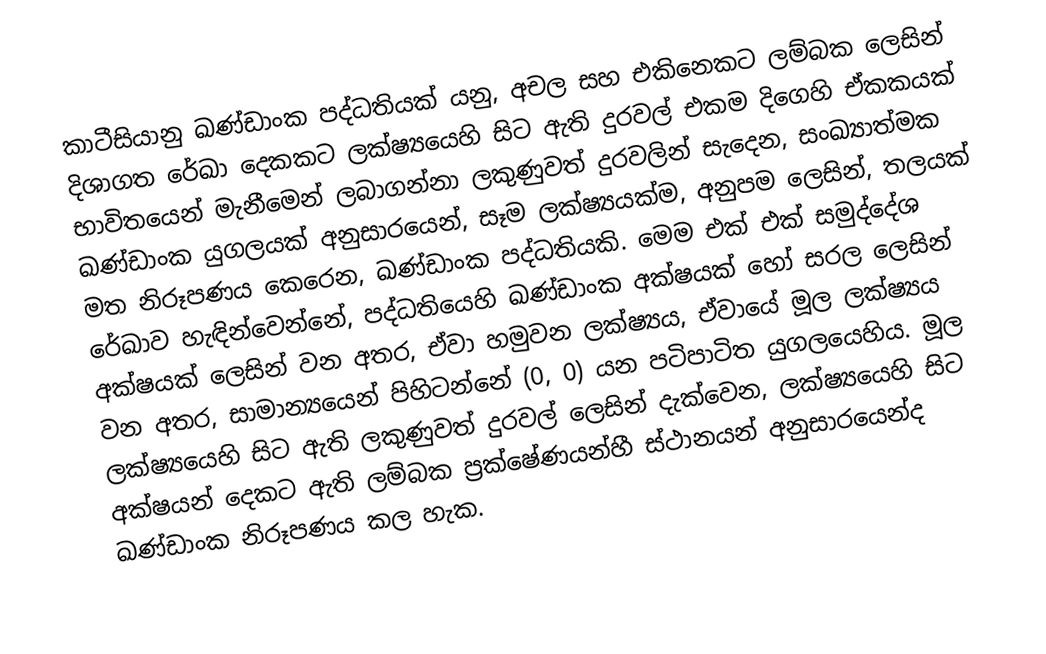
කාටීසියානු ඛණ්ඩාංක පද්ධතියක් යනු, අචල  සහ එකිනෙකට ලම්බක ලෙසින් දිශාගත රේඛා දෙකකට ලක්ෂ්‍ය‍යෙහි සිට ඇති දුරවල්  එකම දි‍ගෙහි ඒකකයක් භාවිතයෙන් මැනීමෙන් ලබාගන්නා  ලකුණුවත් දුරවලින් සැදෙන, සංඛ්‍යාත්මක ඛණ්ඩාංක යුගලයක් අනුසාරයෙන්,  සෑම ලක්ෂ්‍යයක්ම,  අනුපම ලෙසින්,  තලයක් මත නිරූපණය කෙරෙන, ඛණ්ඩාංක පද්ධතියකි. මෙම එක් එක් සමුද්දේශ රේඛාව හැඳින්වෙන්නේ, පද්ධතියෙහි  ඛණ්ඩාංක අක්ෂයක් හෝ සරල ලෙසින් අක්ෂයක් ලෙසින් වන අතර, ඒවා හමුවන ලක්ෂ්‍යය, ඒවායේ මූල ලක්ෂ්‍යය වන අතර, සාමාන්‍යයෙන් පිහිටන්නේ (0, 0) යන පටිපාටිත යුගලයෙහිය. මූල ලක්ෂ්‍යයෙහි සිට ඇති ලකුණුවත් දුරවල් ලෙසින් දැක්වෙන, ලක්ෂ්‍යයෙහි සිට අක්ෂයන් දෙකට ඇති  ලම්බක ප්‍රක්ෂේණයන්හී ස්ථානයන් අනුසාරයෙන්ද ඛණ්ඩාංක නිරූපණය කල හැක.